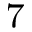
\mathrm { ^ 7 }